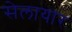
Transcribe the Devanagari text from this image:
सेलायार